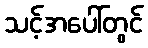
သင့်အပေါ်တွင်